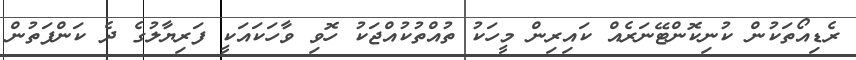
ރެޑިއޯތަކުން ކުނިކޮންޓޭނަރެއް ކައިރިން މީހަކު ތުއްތުކުއްޖަކު ހޮވި ވާހަކައަކީ ފަރިޔާލުގެ ދެ ކަންފަތުން